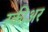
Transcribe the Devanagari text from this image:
स्कीअर